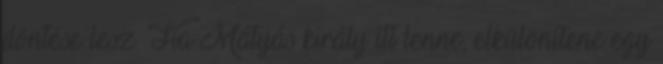
döntése lesz. Ha Mátyás király itt lenne, elkülönítene egy